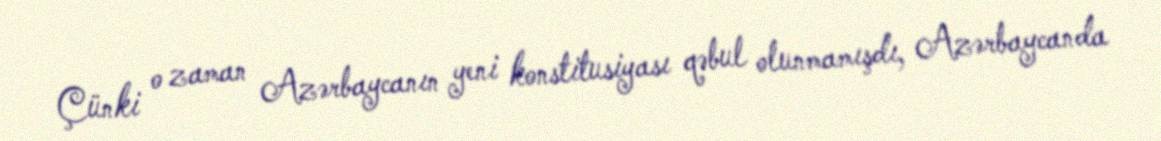
Çünki o zaman Azərbaycanın yeni konstitusiyası qəbul olunmamışdı, Azərbaycanda